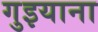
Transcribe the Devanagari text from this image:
गुइयाना